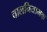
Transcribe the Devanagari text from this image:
चालनियामक